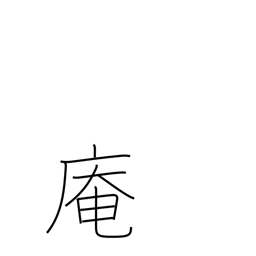
Meaning: hermitage